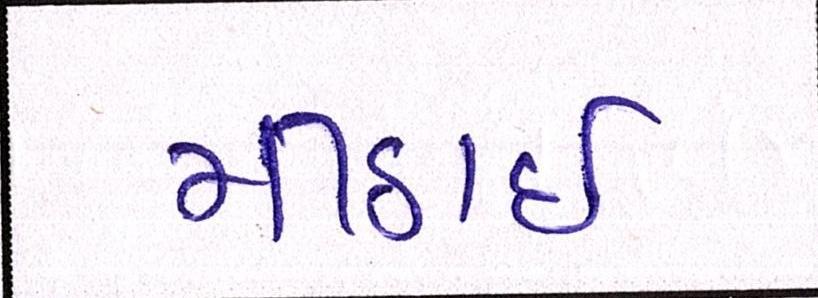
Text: મીઠાઈ